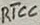
Text: RTCC